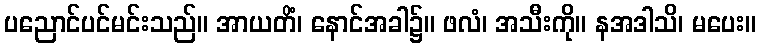
ပညောင်ပင်မင်းသည်။ အာယတိံ၊ နောင်အခါ၌။ ဖလံ၊ အသီးကို။ နအဒါသိ၊ မပေး။